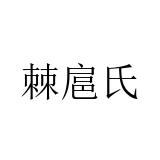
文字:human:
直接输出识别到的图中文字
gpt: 棘扈氏